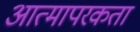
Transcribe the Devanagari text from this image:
आत्मापरकता